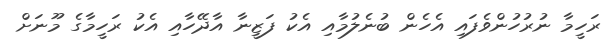
ރަހީމާ ނުރުހުންވެފައި އެހެން ބުނެލުމާއި އެކު ފަޒީނާ އާދޭހާއި އެކު ރަހީމާގެ މޫނަށް